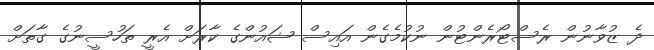
ދެ ޒުވާނުން ރެސްޓޯރެންޓުން ނުކުމެގެން އައިސް ޝައުންގެ ކާރަށް އެރީ ތަހުސީނުގެ ގާތަށް